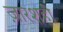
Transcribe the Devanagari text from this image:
ज़ारशही